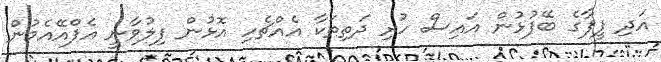
އަދި ފީފާގެ ބޭފުޅުން އައިސް ހުރި ދަތިތަކާ އެއްޗެހި އޮޅުން ފިލުވާނީ އެފްއޭއެމުން